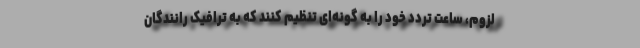
لزوم، ساعت تردد خود را به گونه‌ای تنظیم کنند که به ترافیک رانندگان